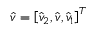
\widehat { \boldsymbol { v } } = \left[ \widehat { v } _ { 2 } , \widehat { v } , \widehat { v } _ { 1 } \right] ^ { T }